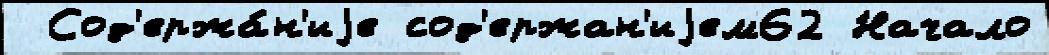
 Сод'ержа́н'иjе сод'ержан'иjем62 Начало